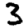
Digit: 3